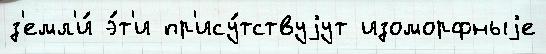
з'емл'и́ э́т'и пр'ису́тствуjут изоморфныjе